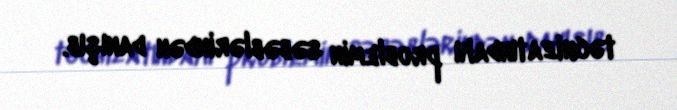
təchizatındakı problemin səbəblərindən danışıb.